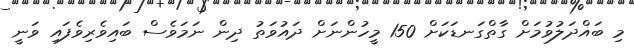
މި ބައްދަލުވުމަށް ގާތްގަނޑަކަށް 150 މީހުންނަށް ދައުވަތު ދިން ނަމަވެސް ބައިވެރިވެފައި ވަނީ